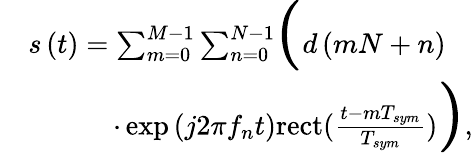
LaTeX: \begin{array}{rl}&{s\left(t\right)=\sum_{m=0}^{M-1}{\sum_{n=0}^{N-1}}{\Huge(}{d\left({mN+n}\right)}}\\ &{\quad\quad\quad\cdot\exp\left({j2\pi{f_{n}}t}\right)\mathrm{{rect}}({\frac{{t-m{T_{sym}}}}{{{T_{sym}}}}}){\Huge)},}\end{array}